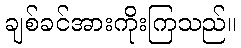
ချစ်ခင်အားကိုးကြသည်။